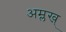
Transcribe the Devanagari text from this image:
अम्लख्